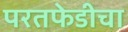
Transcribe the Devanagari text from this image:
परतफेडीचा